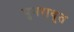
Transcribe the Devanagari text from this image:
पुनरावृ्त